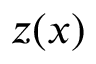
z ( x )